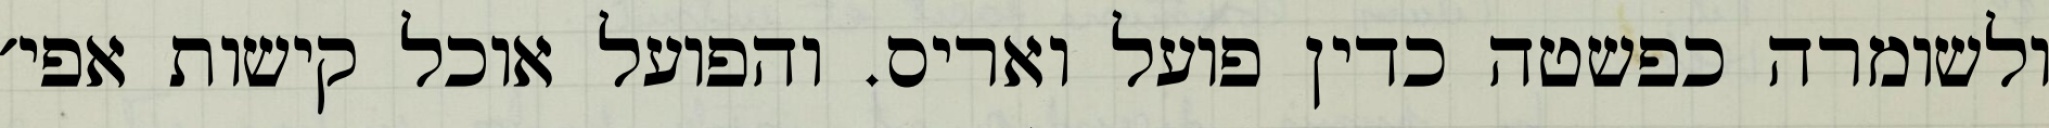
ולשומרה כפשטה כדין פועל ואריס. והפועל אוכל קישות אפי׳